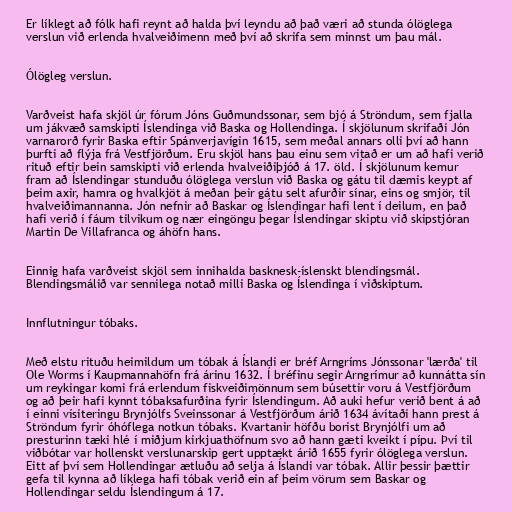
Er líklegt að fólk hafi reynt að halda því leyndu að það væri að stunda ólöglega
verslun við erlenda hvalveiðimenn með því að skrifa sem minnst um þau mál.

Ólögleg verslun.

Varðveist hafa skjöl úr fórum Jóns Guðmundssonar, sem bjó á Ströndum, sem fjalla
um jákvæð samskipti Íslendinga við Baska og Hollendinga. Í skjölunum skrifaði Jón
varnarorð fyrir Baska eftir Spánverjavígin 1615, sem meðal annars olli því að hann
þurfti að flýja frá Vestfjörðum. Eru skjöl hans þau einu sem vitað er um að hafi verið
rituð eftir bein samskipti við erlenda hvalveiðiþjóð á 17. öld. Í skjölunum kemur
fram að Íslendingar stunduðu ólöglega verslun við Baska og gátu til dæmis keypt af
þeim axir, hamra og hvalkjöt á meðan þeir gátu selt afurðir sínar, eins og smjör, til
hvalveiðimannanna. Jón nefnir að Baskar og Íslendingar hafi lent í deilum, en það
hafi verið í fáum tilvikum og nær eingöngu þegar Íslendingar skiptu við skipstjóran
Martin De Villafranca og áhöfn hans.

Einnig hafa varðveist skjöl sem innihalda basknesk-íslenskt blendingsmál.
Blendingsmálið var sennilega notað milli Baska og Íslendinga í viðskiptum.

Innflutningur tóbaks.

Með elstu rituðu heimildum um tóbak á Íslandi er bréf Arngríms Jónssonar 'lærða' til
Ole Worms í Kaupmannahöfn frá árinu 1632. Í bréfinu segir Arngrímur að kunnátta sín
um reykingar komi frá erlendum fiskveiðimönnum sem búsettir voru á Vestfjörðum
og að þeir hafi kynnt tóbaksafurðina fyrir Íslendingum. Að auki hefur verið bent á að
í einni vísiteringu Brynjólfs Sveinssonar á Vestfjörðum árið 1634 ávítaði hann prest á
Ströndum fyrir óhóflega notkun tóbaks. Kvartanir höfðu borist Brynjólfi um að
presturinn tæki hlé í miðjum kirkjuathöfnum svo að hann gæti kveikt í pípu. Því til
viðbótar var hollenskt verslunarskip gert upptækt árið 1655 fyrir ólöglega verslun.
Eitt af því sem Hollendingar ætluðu að selja á Íslandi var tóbak. Allir þessir þættir
gefa til kynna að líklega hafi tóbak verið ein af þeim vörum sem Baskar og
Hollendingar seldu Íslendingum á 17.